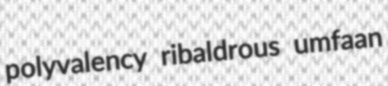
polyvalency ribaldrous umfaan